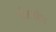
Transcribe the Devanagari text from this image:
डोलडौल